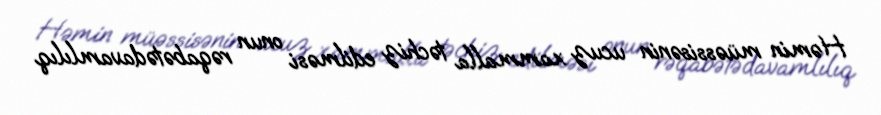
Həmin müəssisənin ucuz xammalla təchiz edilməsi onun rəqabətədavamlılıq